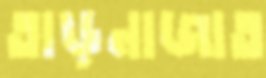
তাড়নাজাত